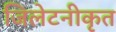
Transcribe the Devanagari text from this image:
जिलेटनीकृत